Medical and sanitary report of the native army of Bengal for the year
Year: 1878
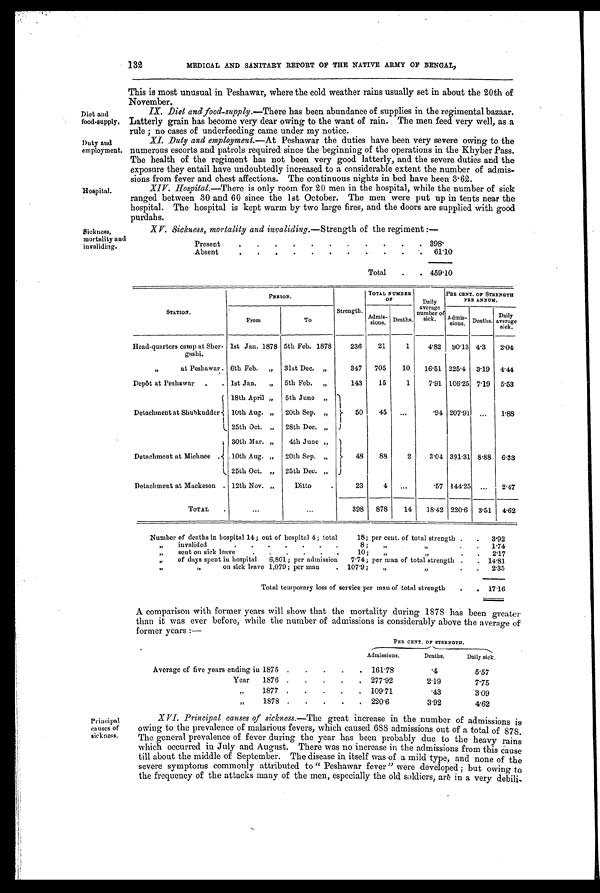
Diet and
food supply.
Duty and
employment.
Hospital.
132
MEDICAL AND SANITARY REPORT OF THE NATIVE ARMY OF BENGAL,
This is most unusual in Peshawar, where the cold weather rains usually set in about the 20th of
N o v e m b e r .
IX. Diet and food-supply. —There has been abundance of supplies in the regimental bazaar.
Latterly grain has become very dear owing to the want of rain. The men feed very well, as a
rule no cases of underfeeding came under my notice.
XI. Duty and employment. —At Peshawar the duties have been very severe owing to the
numerous escorts and patrols required since the beginning of the operations in the Khyber Pass.
The health of the regiment has not been very good latterly, and the severe duties and the
exposure they entail have undoubtedly increased to a considerable extent the number of admis-
sions from fever and chest affections. The continuous nights in bed have heen 3.62.
XIV. Hospital. —There is only room for 20 men in the hospital, while the number of sick
ranged between 30 and 60 since the 1st October. The men were put up in tents near the
hospital. The hospital is kept warm by two large fires, and the doors are supplied with good
purdahs.
Sickness,
mortality and
invaliding.
XV. Sickness, mortality and invaliding. —Strength of the regiment :—
Present
.
.
.
.
.
.
.
.
.
.
. 3 9 8 .
Absent
.
.
.
.
.
.
.
.
.
.
. 61.10
Total
.
. 459.10
STATION.
PERIOD.
Strength.
TOTAL NUMBER
OF
Daily
average
number of
sick.
PER CENT, OF STRENGTH
PER ANNUM.
Admis-
sions. Deaths.
From
To
Admis-
Deaths.
Daily
average
sick.
Head-quarters camp at Sher.
gashi.
1st Jan. 1878 5th Feb. 1878
236
21
1
4.82 90.13 4.3
2.04
,,
at Peshawar. 6th Feb.
31st Dec. „
347
705
10
16.51 225.4
3.19
4.44
Depôt at Peshawar
.
. 1st Jan.
„
5th Feb.
„
143
15
1
7.91 106.25 7.19
5.53
Detachment at Shuhkudder
18th April „
5th June „ 5 0
45
. . .
.94 207.91 ...
1.88
10th Aug. „
20th Sep. „
25th Oct. „
28th Dec. „
Detachment at Michnee .
30th Mar. „
4th June „
48
88
2
3.04 391.31 8.88
6.33
.10th Aug. „
20th Sep. „
25th Oct. „
25th Dec. „
Detachment at Mackeson . 12th Nov. „
Ditto
23
4
. . .
.57 144.25 ...
2.47
TOTAL
.
. . .
. . .
398
878
14
18.42 220.6
3.51
4.62
Number of deaths in hospital 14; out of hospital 4; total
18; per cent. of total strength .
.
3.92
,,
invalided
8 ;
„
,,
.
1.74
„
sent on sick leave
.
.
.
.
.
.
10;
„
.
.
2.17
„
of days spent in hospital
6,801; per admission
7.74; per man of total strength .
. 14.81
,,
,,
on sick leave 1,079; per man
. 107.9;
„
.
.
2.35
Total temporary loss of service per man of total strength
.
.
17.16
A comparison with former years will show that the mortality during 1878 has been greater
than it was ever before, while the number of admissions is considerably above the average of
former years:—
PER CENT, OF STRENGTH.
Admissions.
Deaths.
Daily sick.
Average of five years ending in 1875 .
.
.
.
.
161.78
.4
5.57
Year
1876 .
.
.
.
.
277.92
2.19
7.75
„
1877 .
.
.
. .
109.71
.43
3.09
„
1878 .
.
.
.
.
220.6
3.92
4.62
Principal
causes of
sickness.
XVI. Principal causes of sicksess. —The great increase in the number of admissions is
owing to the prevalence of malarious fevers, which caused 688 admissions out of a total of 878.
The general prevalence of fever during the year has been probably due to the heavy rains
which occurred in July and August.
i
There was no increase in the admissions from this Cause
till about the middle of September. The disease in itself was of a mild type, and none of the
severe symptoms commonly attributed to " Peshawar fever" were developed ; but owing to
the frequency of the attacks many of the men, especially the old soldiers, are in a very debili-